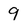
Character: 9